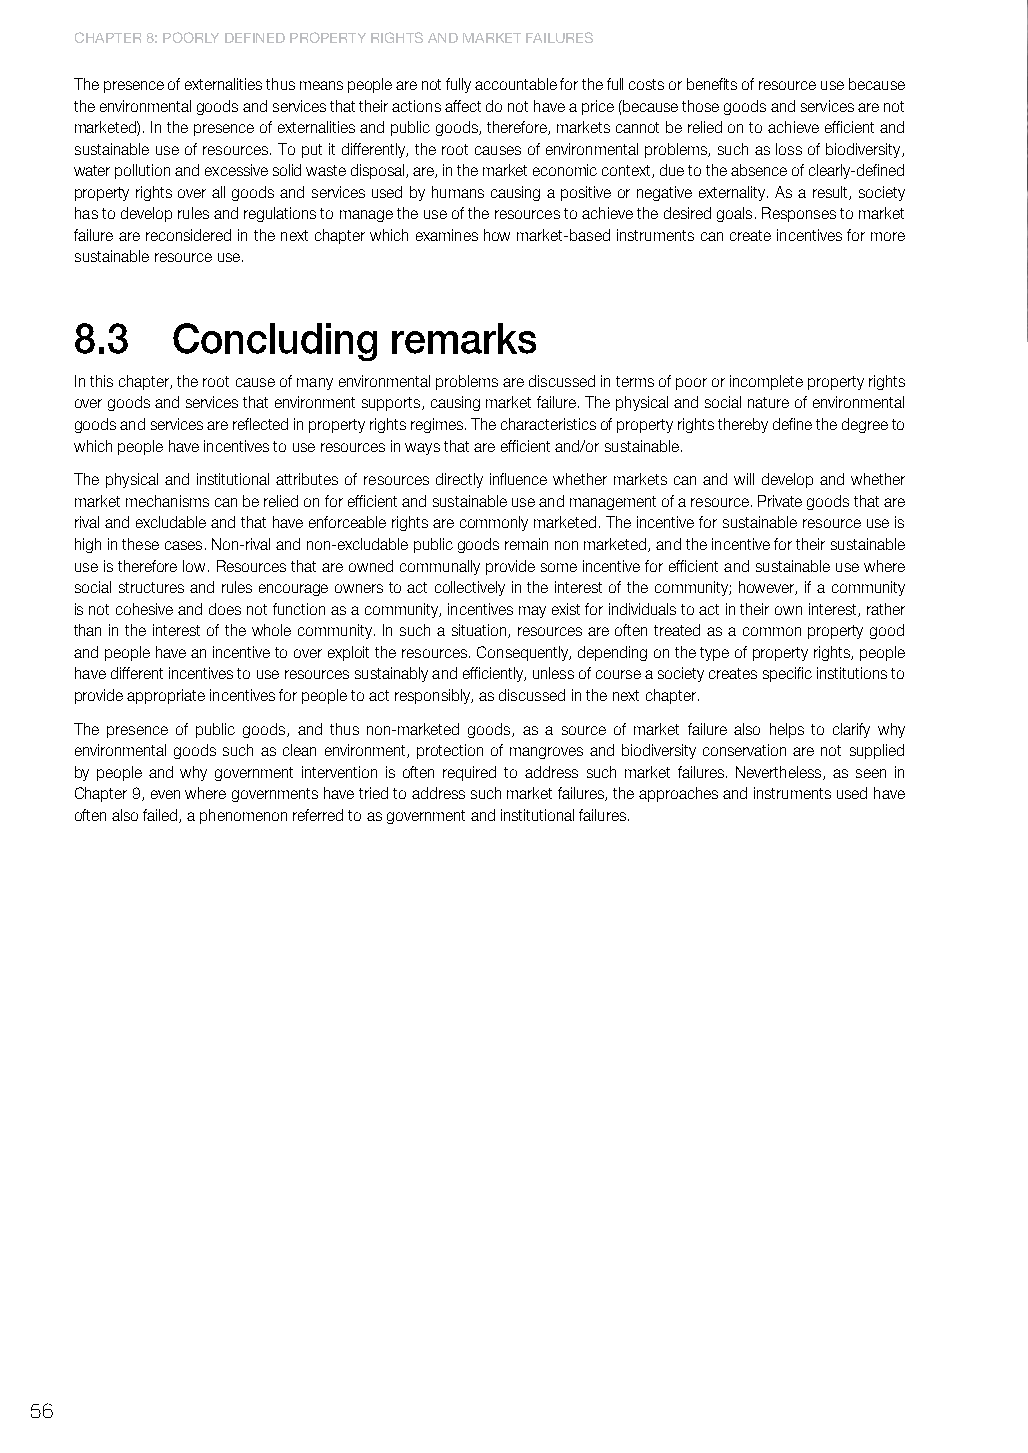
ChaPtER 8: PooRly dEfInEd PRoPERty RIghtS and MaRkEt faIluRES
 The presence of externalities thus means people are not fully accountable for the full costs or benefits of resource use because
 the environmental goods and services that their actions affect do not have a price (because those goods and services are not
 marketed). In the presence of externalities and public goods, therefore, markets cannot be relied on to achieve efficient and
 sustainable use of resources. To put it differently, the root causes of environmental problems, such as loss of biodiversity,
 water pollution and excessive solid waste disposal, are, in the market economic context, due to the absence of clearly-defined
 property rights over all goods and services used by humans causing a positive or negative externality. As a result, society
 has to develop rules and regulations to manage the use of the resources to achieve the desired goals. Responses to market
 failure are reconsidered in the next chapter which examines how market-based instruments can create incentives for more
 sustainable resource use.
 8.3   concluding     remarks
 In this chapter, the root cause of many environmental problems are discussed in terms of poor or incomplete property rights
 over goods and services that environment supports, causing market failure. The physical and social nature of environmental
 goods and services are reflected in property rights regimes. The characteristics of property rights thereby define the degree to
 which people have incentives to use resources in ways that are efficient and/or sustainable.
 The physical and institutional attributes of resources directly influence whether markets can and will develop and whether
 market mechanisms can be relied on for efficient and sustainable use and management of a resource. Private goods that are
 rival and excludable and that have enforceable rights are commonly marketed. The incentive for sustainable resource use is
 high in these cases. Non-rival and non-excludable public goods remain non marketed, and the incentive for their sustainable
 use is therefore low. Resources that are owned communally provide some incentive for efficient and sustainable use where
 social structures and rules encourage owners to act collectively in the interest of the community; however, if a community
 is not cohesive and does not function as a community, incentives may exist for individuals to act in their own interest, rather
 than in the interest of the whole community. In such a situation, resources are often treated as a common property good
 and people have an incentive to over exploit the resources. Consequently, depending on the type of property rights, people
 have different incentives to use resources sustainably and efficiently, unless of course a society creates specific institutions to
 provide appropriate incentives for people to act responsibly, as discussed in the next chapter.
 The presence of public goods, and thus non-marketed goods, as a source of market failure also helps to clarify why
 environmental goods such as clean environment, protection of mangroves and biodiversity conservation are not supplied
 by people and why government intervention is often required to address such market failures. Nevertheless, as seen in
 Chapter 9, even where governments have tried to address such market failures, the approaches and instruments used have
 often also failed, a phenomenon referred to as government and institutional failures.
 56